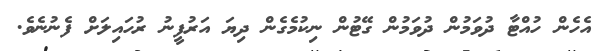
އެހެން ހުއްޓާ ދުވަމުން ދުވަމުން ގޭޓުން ނިކުމެގެން ދިޔަ އަރުފީނު ރުހައިލަށް ފެނުނެވެ.